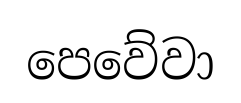
පෙවේවා